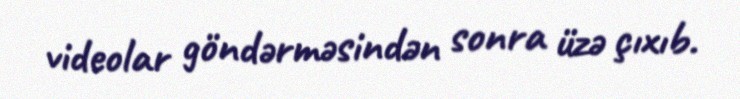
videolar göndərməsindən sonra üzə çıxıb.